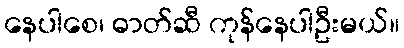
နေပါစေ၊ ဓာတ်ဆီ ကုန်နေပါဦးမယ်။